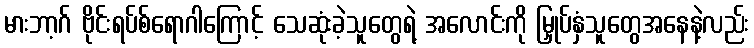
မားဘာ့ဂ် ဗိုင်းရပ်စ်ရောဂါကြောင့် သေဆုံးခဲ့သူတွေရဲ့ အလောင်းကို မြှုပ်နှံသူတွေအနေနဲ့လည်း